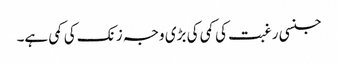
جنسی رغبت کی کمی کی بڑی وجہ زنک کی کمی ہے۔